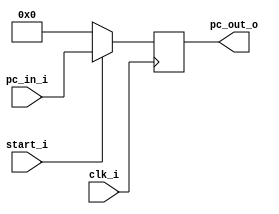
//Subject:     CO project 3 - PC
//--------------------------------------------------------------------------------
//Version:     1
//--------------------------------------------------------------------------------
//Writer:      0616223 0616059
//----------------------------------------------
//Date:        5/20
//----------------------------------------------
//Description: PC
//--------------------------------------------------------------------------------

module ProgramCounter(
    clk_i,
	start_i,
	pc_in_i,
	pc_out_o
	);
     
//I/O ports
input           clk_i;
input	        start_i;
input  [32-1:0] pc_in_i;
output [32-1:0] pc_out_o;
 
//Internal Signals
reg    [32-1:0] pc_out_o;
 
//Parameter

    
//Main function
always @(posedge clk_i) begin
    if(~start_i)
	    pc_out_o <= 0;
	else
	    pc_out_o <= pc_in_i;
end

endmodule